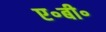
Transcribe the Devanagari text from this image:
ए॰बी॰